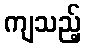
ကျသည့်